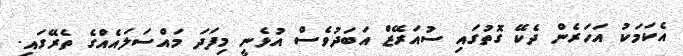
އެކަމަކު އަހަރެން ދެކޭ ގޮތުގައި ސުއަރޭޒް އަބަދުވެސް އުޅެނީ މިފަދަ މައްސަލައެއްގެ ތެރޭގައި.